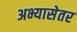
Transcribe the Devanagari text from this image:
अभ्यासेतर